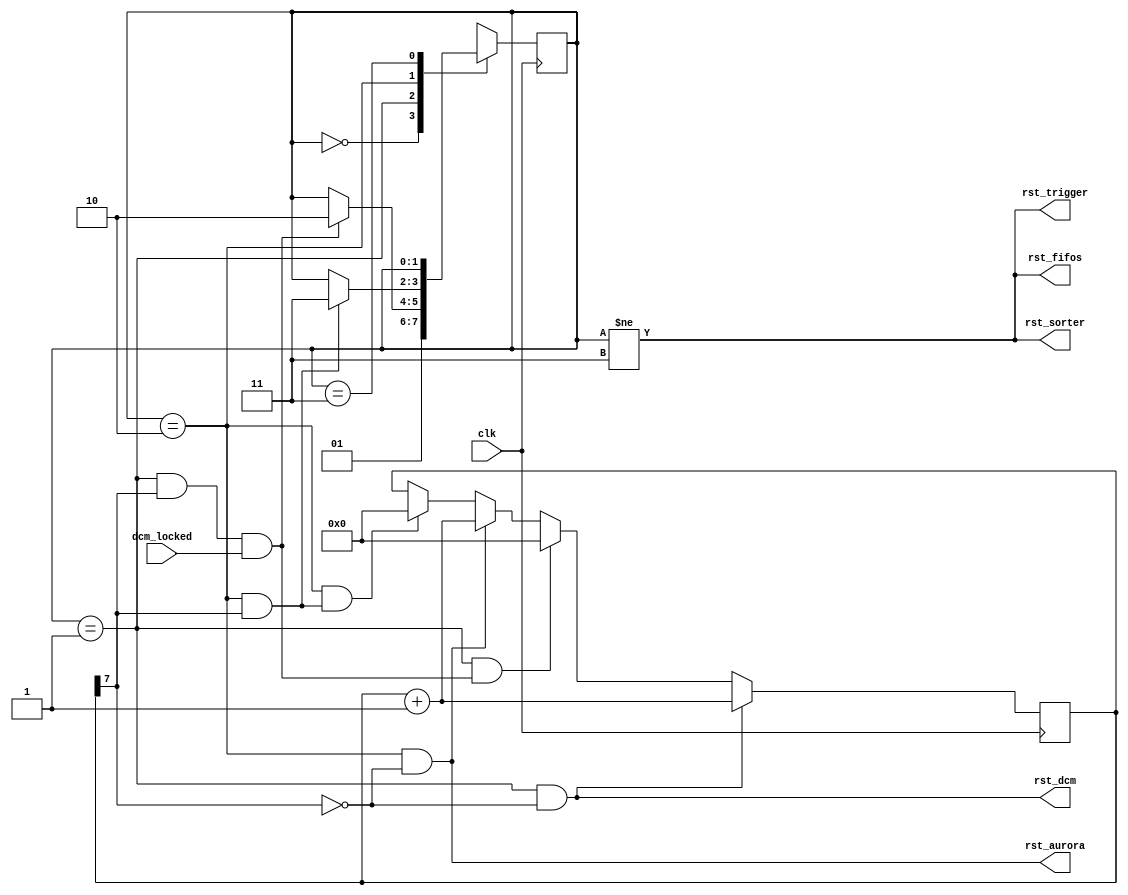
`timescale 1ns/1ps

//power up initialization sequence
module init(
	input clk,
	output rst_fifos,
	output rst_sorter,
	output rst_trigger,
	output rst_dcm,
	input  dcm_locked,
	output rst_aurora
	);

reg [1:0] state;
localparam RST_START=0, RST_DCM=1, RST_AURORA=2, RST_DONE=3;

wire rst_dcm_done;
wire rst_aurora_done;
wire rst_not_done;
reg [7:0] cnt;

initial begin
	state<=RST_START;
	cnt<=0;
end

always@(posedge clk) begin
	case(state)
		RST_START: 	state<=RST_DCM;
		RST_DCM: 	begin
					if(rst_dcm_done) state<=RST_AURORA;
					else state<=state;
			 	end
		RST_AURORA: 	begin
					if(rst_aurora_done) state<=RST_DONE;
					else state<=state;
				end
		RST_DONE:	state<=state;
		default:	state<=RST_START;
	endcase
end

always@(posedge clk) begin
	if(state==RST_START)
			cnt<=0;
	if(state==RST_DCM && cnt[7]==1'b0)
			cnt<=cnt+1;
	else if(state==RST_DCM && rst_dcm_done==1'b1)
			cnt<=0;
	else if(state==RST_AURORA && cnt[7]==1'b0)
			cnt<=cnt+1;
	else if(state==RST_AURORA && rst_aurora_done==1'b1)
			cnt<=0;
	else
			cnt<=cnt;
end

assign rst_dcm_done=(state==RST_DCM) && (cnt[7]==1'b1) && (dcm_locked==1'b1);
assign rst_aurora_done=(state==RST_AURORA) && (cnt[7]==1'b1); 

assign rst_not_done=(state!=RST_DONE);

assign rst_fifos=rst_not_done;
assign rst_sorter=rst_not_done;
assign rst_trigger=rst_not_done;
assign rst_dcm=(state==RST_DCM) && (cnt[7]==1'b0);
assign rst_aurora=(state==RST_AURORA) && (cnt[7]==1'b0);

endmodule